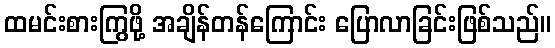
ထမင်းစားကြွဖို့ အချိန်တန်ကြောင်း ပြောလာခြင်းဖြစ်သည်။